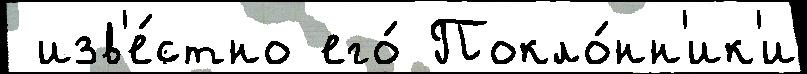
 изв'е́стно его́ Покло́нн'ик'и